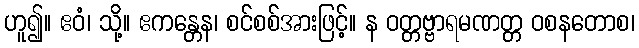
ဟူ၍။ ဧဝံ၊ သို့။ ဧကန္တေန၊ စင်စစ်အားဖြင့်။ န ဝတ္တဗ္ဗာရမဏတ္တ ဝစနတောစ၊